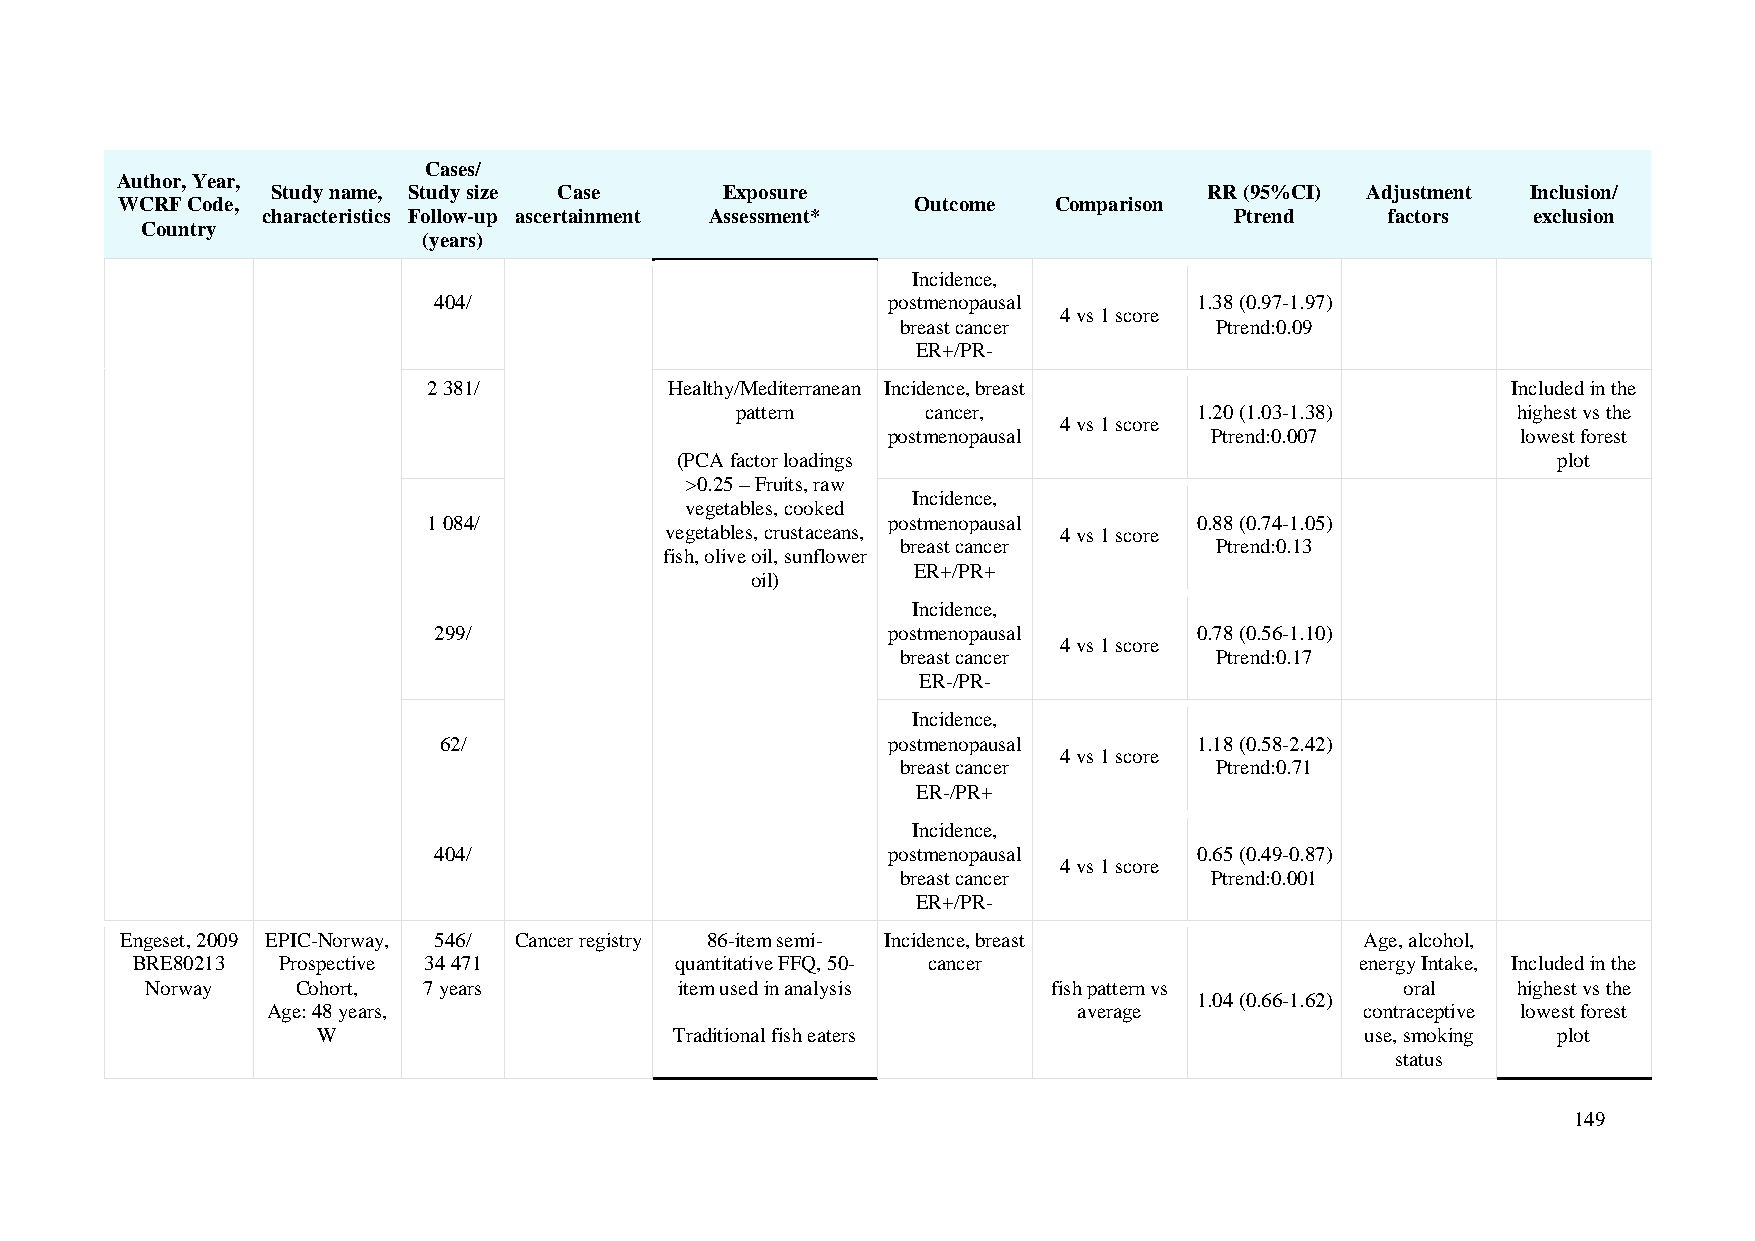
Cases/
 Author, Year,
 Study name, Study size Case   Exposure                        RR (95%CI) Adjustment Inclusion/
 WCRF Code,                                           Outcome  Comparison
 characteristics Follow-up ascertainment Assessment*              Ptrend    factors  exclusion
 Country
 (years)
 Incidence,
 404/                          postmenopausal      1.38 (0.97-1.97)
 4 vs 1 score
 breast cancer       Ptrend:0.09
 ER+/PR-
 2 381/          Healthy/Mediterranean Incidence, breast                 Included in the
 pattern     cancer,           1.20 (1.03-1.38)     highest vs the
 4 vs 1 score
 postmenopausal       Ptrend:0.007         lowest forest
 (PCA factor loadings                                      plot
 >0.25 – Fruits, raw
 Incidence,
 vegetables, cooked
 1 084/                         postmenopausal      0.88 (0.74-1.05)
 vegetables, crustaceans,  4 vs 1 score
 breast cancer       Ptrend:0.13
 fish, olive oil, sunflower
 ER+/PR+
 oil)
 Incidence,
 299/                          postmenopausal      0.78 (0.56-1.10)
 4 vs 1 score
 breast cancer       Ptrend:0.17
 ER-/PR-
 Incidence,
 62/                           postmenopausal      1.18 (0.58-2.42)
 4 vs 1 score
 breast cancer       Ptrend:0.71
 ER-/PR+
 Incidence,
 404/                          postmenopausal      0.65 (0.49-0.87)
 4 vs 1 score
 breast cancer       Ptrend:0.001
 ER+/PR-
 Engeset, 2009 EPIC-Norway, 546/ Cancer registry 86-item semi- Incidence, breast   Age, alcohol,
 BRE80213 Prospective 34 471         quantitative FFQ, 50- cancer                 energy Intake, Included in the
 Norway    Cohort, 7 years          item used in analysis    fish pattern vs        oral   highest vs the
 1.04 (0.66-1.62)
 Age: 48 years,                                       average            contraceptive lowest forest
 W                       Traditional fish eaters                      use, smoking plot
 status
 149